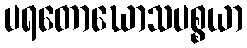
ပရတောဃောသပစ္စယာ